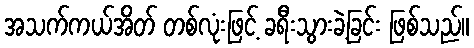
အသက်ကယ်အိတ် တစ်လုံးဖြင့် ခရီးသွားခဲ့ခြင်း ဖြစ်သည်။